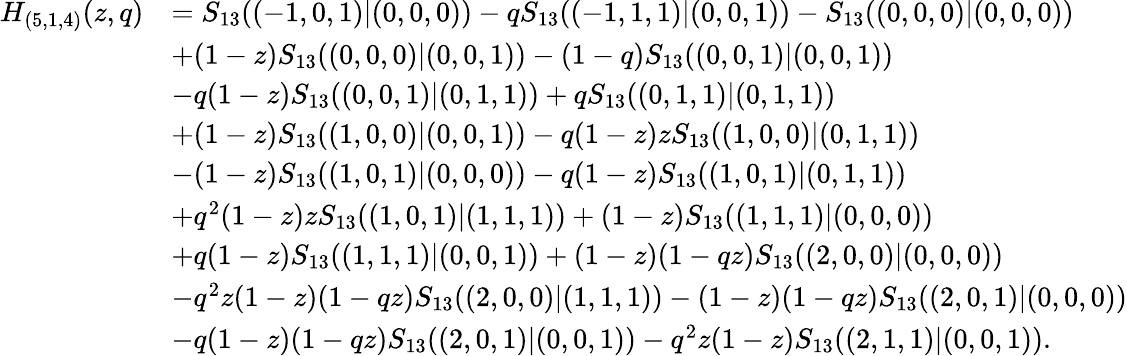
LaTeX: \begin{array}{rl}{H_{(5,1,4)}(z,q)}&{=S_{13}((-1,0,1)|(0,0,0))-qS_{13}((-1,1,1)|(0,0,1))-S_{13}((0,0,0)|(0,0,0))}\\ &{+(1-z)S_{13}((0,0,0)|(0,0,1))-(1-q)S_{13}((0,0,1)|(0,0,1))}\\ &{-q(1-z)S_{13}((0,0,1)|(0,1,1))+qS_{13}((0,1,1)|(0,1,1))}\\ &{+(1-z)S_{13}((1,0,0)|(0,0,1))-q(1-z)zS_{13}((1,0,0)|(0,1,1))}\\ &{-(1-z)S_{13}((1,0,1)|(0,0,0))-q(1-z)S_{13}((1,0,1)|(0,1,1))}\\ &{+q^{2}(1-z)zS_{13}((1,0,1)|(1,1,1))+(1-z)S_{13}((1,1,1)|(0,0,0))}\\ &{+q(1-z)S_{13}((1,1,1)|(0,0,1))+(1-z)(1-qz)S_{13}((2,0,0)|(0,0,0))}\\ &{-q^{2}z(1-z)(1-qz)S_{13}((2,0,0)|(1,1,1))-(1-z)(1-qz)S_{13}((2,0,1)|(0,0,0))}\\ &{-q(1-z)(1-qz)S_{13}((2,0,1)|(0,0,1))-q^{2}z(1-z)S_{13}((2,1,1)|(0,0,1)).}\end{array}